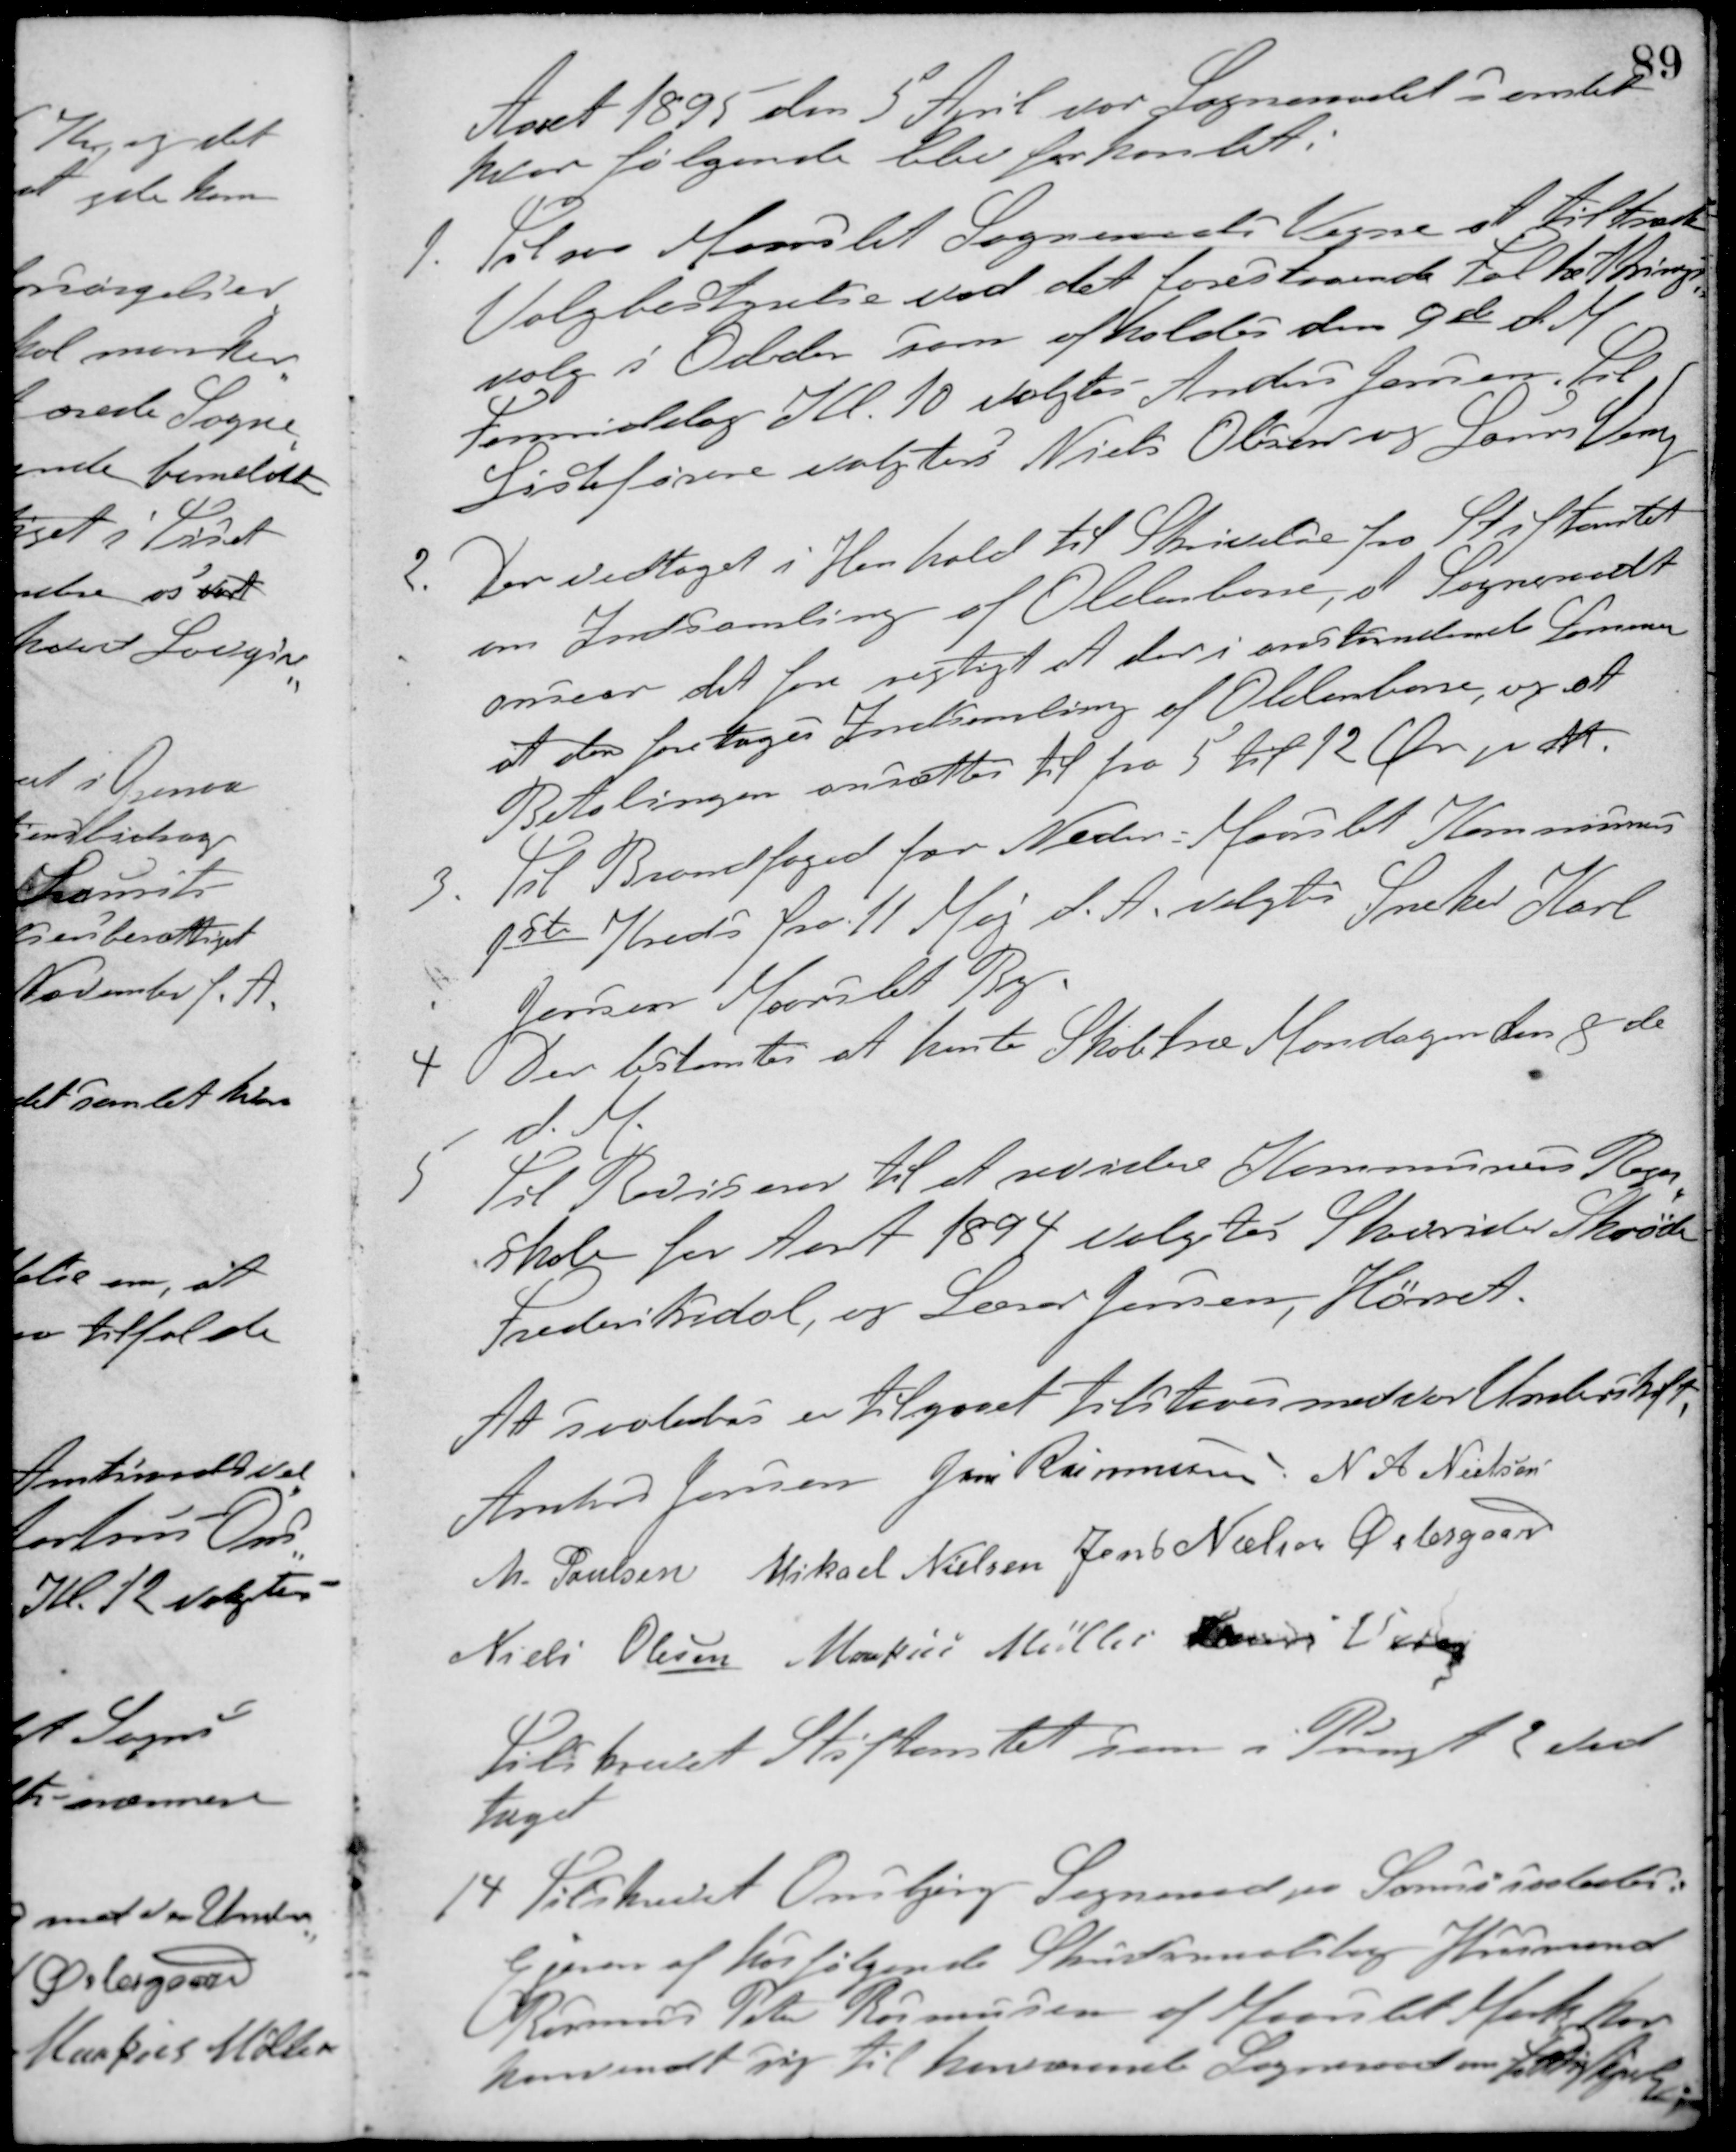
Transskription:
Aaret 1895 den 5 April var Sogneraadet samlet
hvor følgende blev forhandlet:
1. Til paa Maarslet Sogneraads Vegne at tiltræde
Valgbestyrelsen ved det forestaaende Folkethings-
valg i Odder som afholdes den 9de d. M.
Formiddag Kl. 10 valgtes Anders Jensen. Til
Listeførere valgtes Niels Olesen og Laurs Veng.
2. Der vedtaget i Henhold til Skrivelse fra Stiftamtet
om Indsamling af Oldenborre, at Sogneraadet
anser det for rigtigt at der i anstummende Sommer
at der foretages Indsamling af Oldenborre, og at
Betalingen ansættes til fra 5 til 12 Øre pr. At.
3. Til Brandfoged for Neder-Marslet Kommunes
1ste Kreds fra 11 Maj d. A. valgtes Snedker Karl
Jensen Maarslet By.
4. Der bestemtes at hente Skoletræ Mandagen den 8de
d. M.
5. Til Revisorer til at revidere Kommunens Regn-
Skab for Aaret 1894 valgtes Skovrider Shröder,
Frederiksdal, og Lærer Jensen, Hørret.
At saaledes er tilgaaet tilstaaes med vor Underskrift.
Anders Jensen Jens Rasmussen N. A. Nielsen
M. Poulsen Mikael Nielsen Jens Nielsen Østergaard
Niels Olesen Markus Møller Laurs Veng
Tilskrevet Stiftamtet som i Pungt 2 ved-
taget.
14 Tilskrevet Onsbjerg Sogneraad paa Samsø saaledes:
Ejeren af hosfølgende Skudsmaalsbog Husmand
Rasmus Peter Rasmussen af Maarslet Mark har
henvendt sig til herværende Sogneraad om Fattighjælp